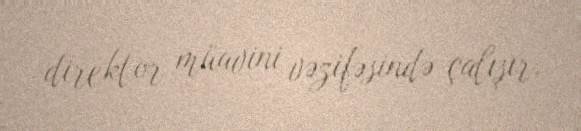
direktor müavini vəzifəsində çalışır.